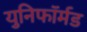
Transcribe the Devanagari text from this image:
युनिफॉर्मड